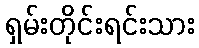
ရှမ်းတိုင်းရင်းသား